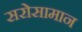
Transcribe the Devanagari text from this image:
सरोसामान